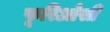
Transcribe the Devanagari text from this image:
फूरिओसी